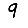
Digit: 9